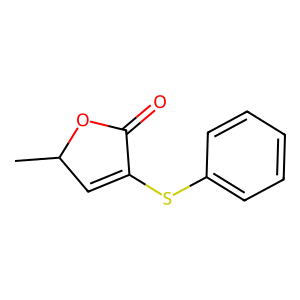
SMILES: CC1C=C(Sc2ccccc2)C(=O)O1
Inhibits HIV replication: No